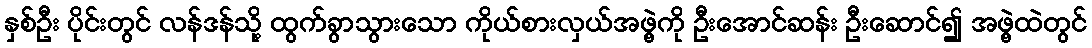
နှစ်ဦး ပိုင်းတွင် လန်ဒန်သို့ ထွက်ခွာသွားသော ကိုယ်စားလှယ်အဖွဲ့ကို ဦးအောင်ဆန်း ဦးဆောင်၍ အဖွဲ့ထဲတွင်